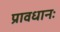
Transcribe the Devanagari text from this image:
प्रावधानः